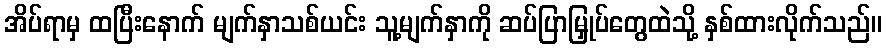
အိပ်ရာမှ ထပြီးနောက် မျက်နှာသစ်ယင်း သူ့မျက်နှာကို ဆပ်ပြာမြှုပ်တွေထဲသို့ နှစ်ထားလိုက်သည်။